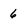
Character: 6